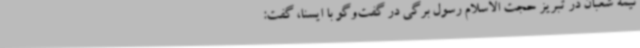
نیمه شعبان در تبریز حجت الاسلام رسول برگی در گفت‌وگو با ایسنا، گفت: